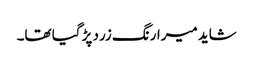
شاید میرارنگ زرد پڑ گیا تھا۔